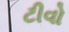
ટીવો